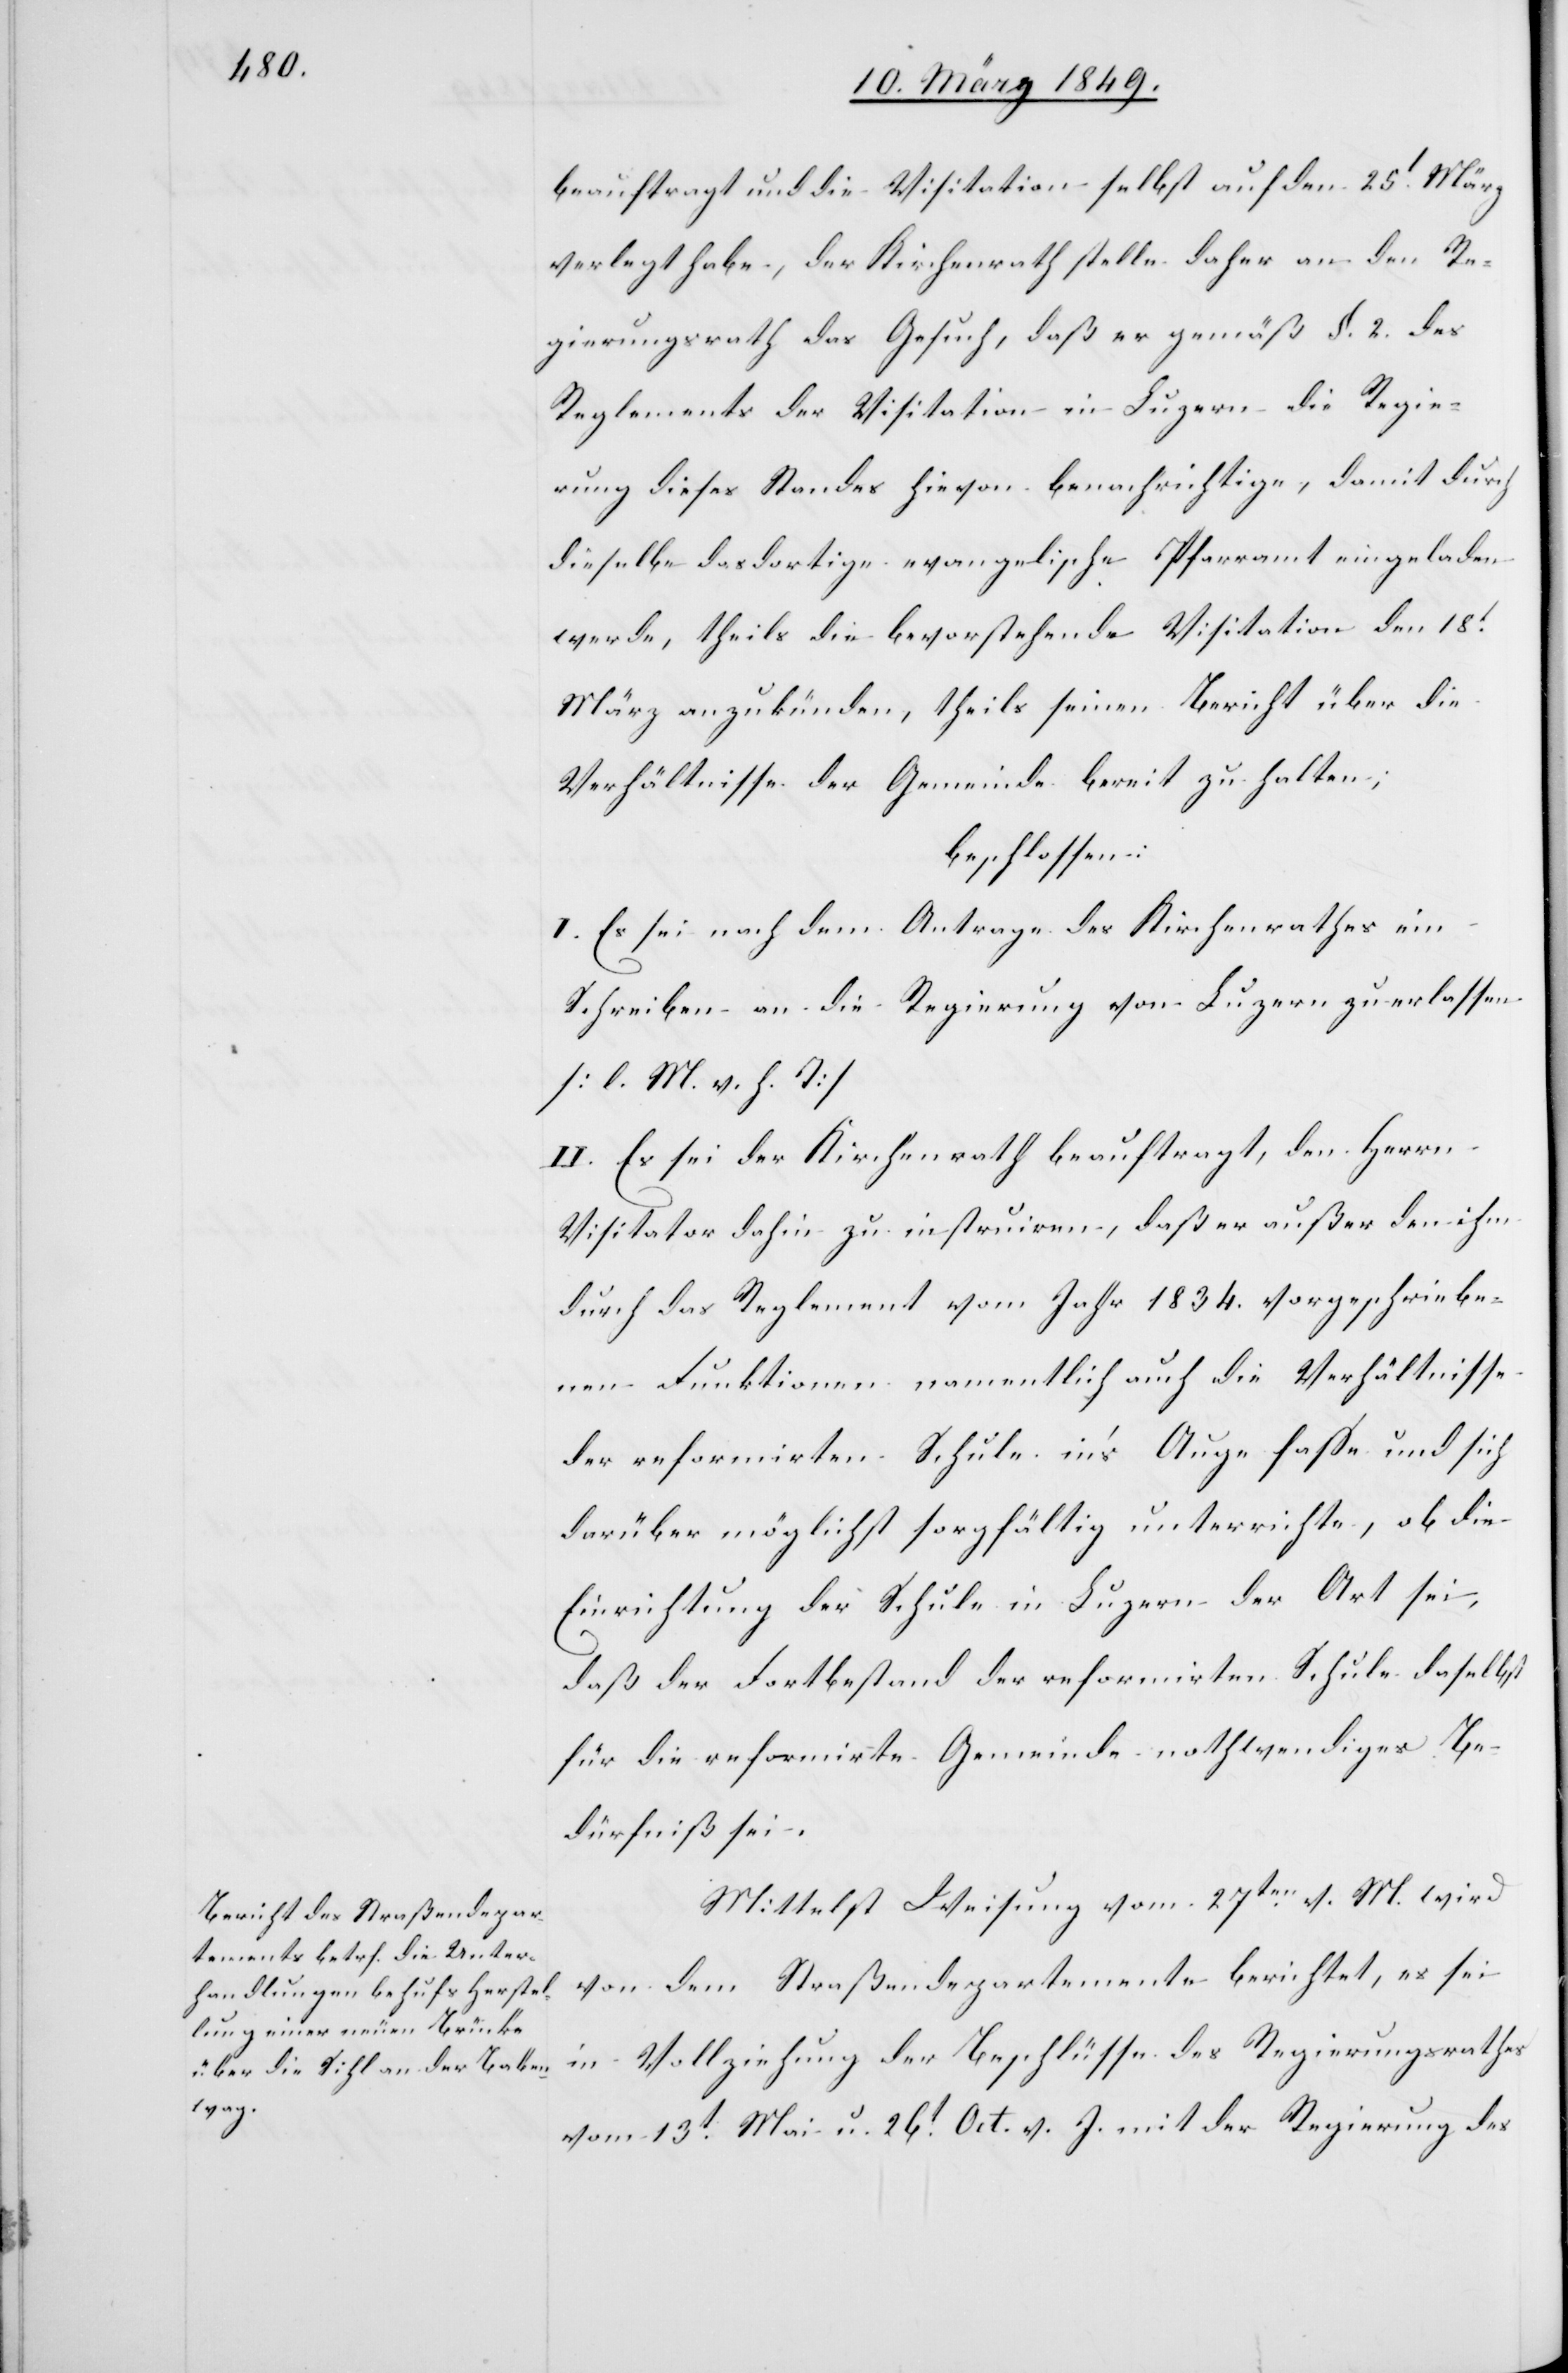
beauftragt und die Visitation selbst auf den 25t. März
verlegt habe, der Kirchenrath stelle daher an den Re¬
gierungsrath das Gesuch, daß er gemäß §. 2. des
Reglements der Visitation in Luzern die Regie¬
rung dieses Standes hievon benachrichtige, damit durch
dieselbe das dortige evangelische Pfarramt eingeladen
werde, theils die bevorstehende Visitation den 18t.
März anzukünden, theils seinen Bericht über die
Verhältnisse der Gemeinde bereit zu halten;
beschlossen:
I. Es sei nach dem Antrage des Kirchenrathes ein
Schreiben an die Regierung von Luzern zu erlassen
[l. M. v. h. T]
II. Es sei der Kirchenrath beauftragt, den Herrn
Visitator dahin zu instruiren, daß er außer den ihm
durch das Reglement vom Jahr 1834. vorgeschriebe¬
nen Funktionen namentlich auch die Verhältnisse
der reformirten Schule in’s Auge fasse und sich
darüber möglichst sorgfältig unterrichte, ob die
Einrichtung der Schule in Luzern der Art sei,
daß der Fortbestand der reformirten Schule daselbst
für die reformirte Gemeinde nothwendiges Be¬
dürfniß sei.
Mittelst Weisung vom 27ten. v. M. wird
von dem Straßendepartemente berichtet, es sei
in Vollziehung der Beschlüsse des Regierungsrathes
vom 13t. Mai u. 26t. Oct. v. J. mit der Regierung des